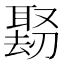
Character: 𪠱